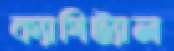
ক্যাপিট্যাল